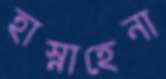
হাস্নাহেনা